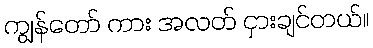
ကျွန်တော် ကား အလတ် ငှားချင်တယ်။